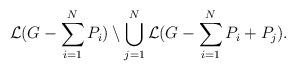
LaTeX: \begin{align*} \mathcal{L}(G - \sum_{i = 1}^{N} P_i) \setminus \bigcup_{j = 1}^{N} \mathcal{L}(G - \sum_{i = 1}^{N}P_i + P_j).\end{align*}